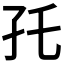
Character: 𰌝